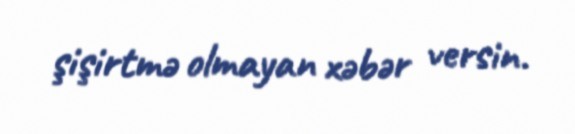
şişirtmə olmayan xəbər versin.